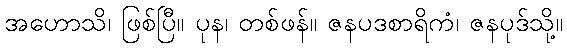
အဟောသိ၊ ဖြစ်ပြီ။ ပုန၊ တစ်ဖန်။ ဇနပဒစာရိကံ၊ ဇနပုဒ်သို့။